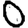
Digit: 0